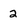
Character: 2